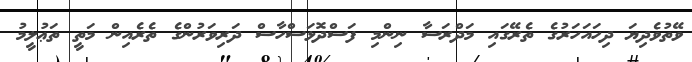
ވޭތުވެދިޔަ ދިހައަހަރުގެ ތެރޭގައި މަދްރަސާ ނިންމި ފަސްދޮޅަސްހާސް ދަރިވަރުންގެ ތެރެއިން މަތީ ތަޢުލީމު